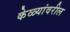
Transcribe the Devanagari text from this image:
केळ्यांवरील